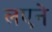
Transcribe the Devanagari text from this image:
लएने